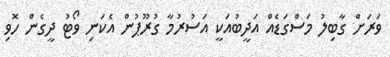
ވަރަށް ގާބިލު މަސްގަޑެއް އަދީބުއަކީ އަސުރުމާ ގުރޫޕުން އެކަނި ވޯޓު ދީގެން ހޮވި